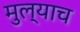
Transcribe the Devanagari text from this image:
मुल्याच